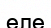
еле